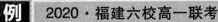
例 2020·福建六校高一联考